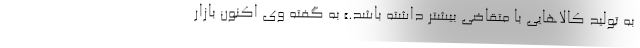
به تولید کالاهایی با متقاضی بیشتر داشته باشد.» به گفته وی اکنون بازار